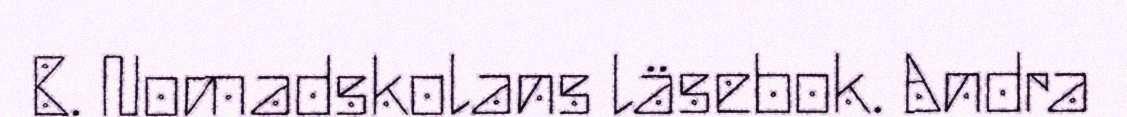
B. Nomadskolans läsebok. Andra